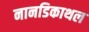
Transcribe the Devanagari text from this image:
नानडिकाथल